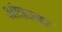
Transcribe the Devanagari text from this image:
आंत्रज्वर